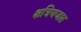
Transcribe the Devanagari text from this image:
क्षत्रियजात